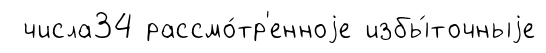
числа34 рассмо́тр'енноjе избы́точныjе